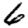
Digit: 6